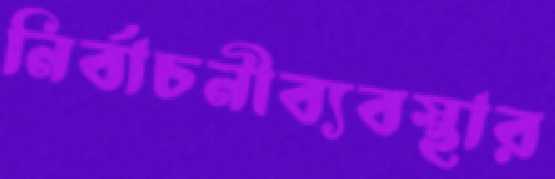
নির্বাচনীব্যবস্থার